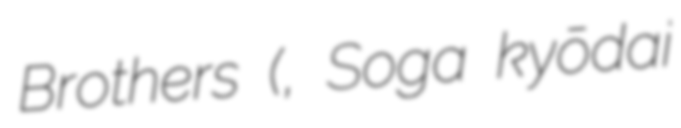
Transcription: Brothers (曾我兄弟の仇討ち, Soga kyōdai